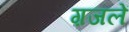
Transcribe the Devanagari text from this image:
ग़जलें